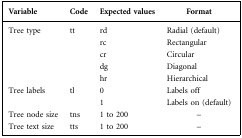
| Variable | Code | Expected values | Format |
 | --- | --- | --- | --- |
 | <ROWSPAN=5> Tree type | <ROWSPAN=5> tt | rd | Radial (default) |
 | rc | Rectangular |
 | cr | Circular |
 | dg | Diagonal |
 | hr | Hierarchical |
 | Tree labels | tl | 0 | Labels off |
 |  |  | 1 | Labels on (default) |
 | Tree node size | tns | 1 to 200 | – |
 | Tree text size | tts | 1 to 200 | – |